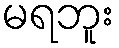
မရဘူး